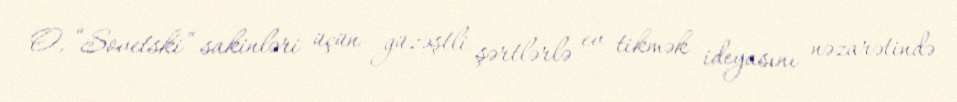
O, “Sovetski” sakinləri üçün güzəştli şərtlərlə ev tikmək ideyasını nəzarətində